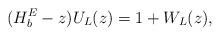
LaTeX: \begin{align*} (H_b^E-z)U_L(z) &= 1 + W_L(z),\end{align*}